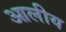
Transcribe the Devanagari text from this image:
आलीय